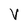
Character: V